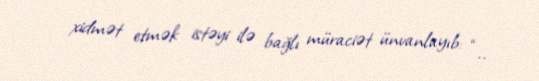
xidmət etmək istəyi ilə bağlı müraciət ünvanlayıb: “..